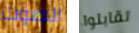
الصوت تقابلوا